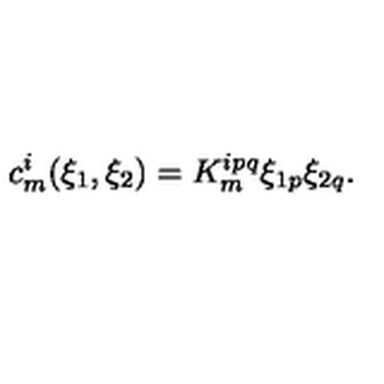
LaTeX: c _ { m } ^ { i } ( \xi _ { 1 } , \xi _ { 2 } ) = K _ { m } ^ { i p q } \xi _ { 1 p } \xi _ { 2 q } .